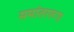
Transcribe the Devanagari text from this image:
समांतररूप